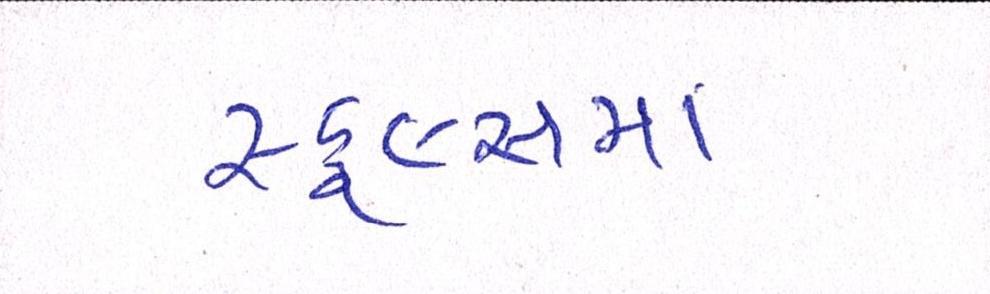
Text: સ્કૂલ્સમાં